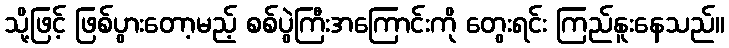
သို့ဖြင့် ဖြစ်ပွားတော့မည့် စစ်ပွဲကြီးအကြောင်းကို တွေးရင်း ကြည်နူးနေသည်။